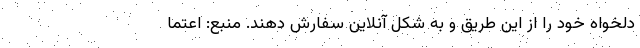
دلخواه خود را از این طریق و به شکل آنلاین سفارش دهند. منبع: اعتما